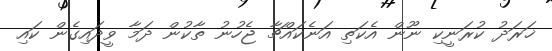
ޚަރަދު ކުރަނީކި ނޫން އެކަތި އަނެކައްޗާ ޖެހުނު ތާކުން ދަމާ ވީދައިގެން ކައި